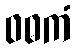
ဝဓကံ